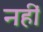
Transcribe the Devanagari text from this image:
नहीं